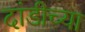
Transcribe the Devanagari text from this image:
दांडीच्या